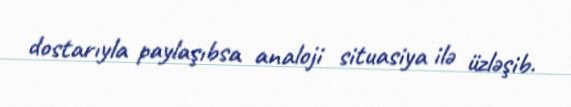
dostarıyla paylaşıbsa analoji situasiya ilə üzləşib.